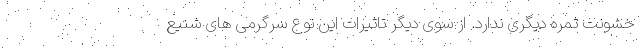
خشونت ثمره دیگری ندارد. از سوی دیگر تاثیرات این نوع سرگرمی های شنیع